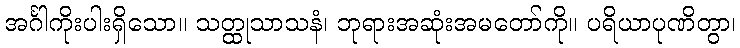
အင်္ဂါကိုးပါးရှိသော။ သတ္ထုသာသနံ၊ ဘုရားအဆုံးအမတော်ကို။ ပရိယာပုဏိတွာ၊